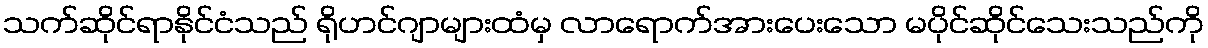
သက်ဆိုင်ရာနိုင်ငံသည် ရိုဟင်ဂျာများထံမှ လာရောက်အားပေးသော မပိုင်ဆိုင်သေးသည်ကို